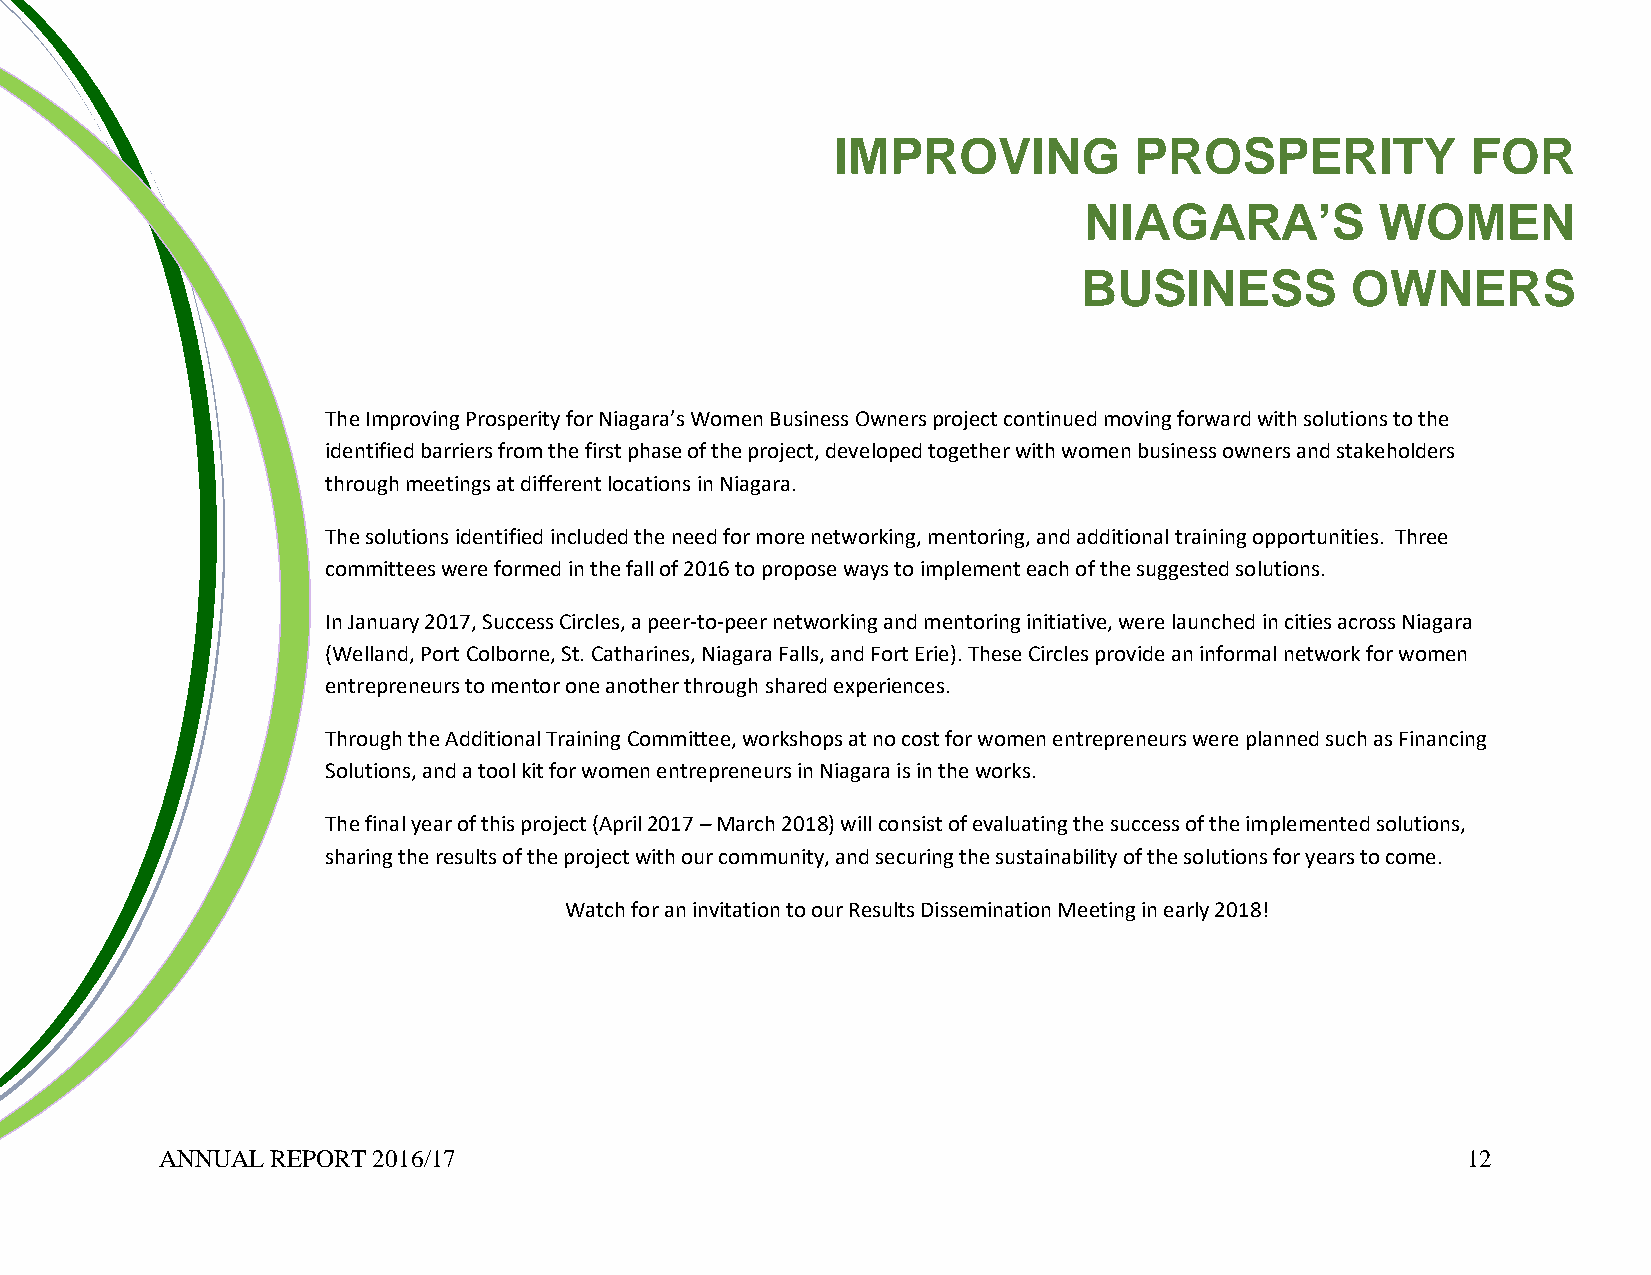
IMPROVING           PROSPERITY            FOR
 NIAGARA’S          WOMEN
 BUSINESS         OWNERS
 The Improving Prosperity for Niagara’s Women Business Owners project continued moving forward with solutions to the
 identified barriers from the first phase of the project, developed together with women business owners and stakeholders
 through meetings at different locations in Niagara.
 The solutions identified included the need for more networking, mentoring, and additional training opportunities. Three
 committees were formed in the fall of 2016 to propose ways to implement each of the suggested solutions.
 In January 2017, Success Circles, a peer-to-peer networking and mentoring initiative, were launched in cities across Niagara
 (Welland, Port Colborne, St. Catharines, Niagara Falls, and Fort Erie). These Circles provide an informal network for women
 entrepreneurs to mentor one another through shared experiences.
 Through the Additional Training Committee, workshops at no cost for women entrepreneurs were planned such as Financing
 Solutions, and a tool kit for women entrepreneurs in Niagara is in the works.
 The final year of this project (April 2017 – March 2018) will consist of evaluating the success of the implemented solutions,
 sharing the results of the project with our community, and securing the sustainability of the solutions for years to come.
 Watch for an invitation to our Results Dissemination Meeting in early 2018!
 ANNUAL REPORT 2016/17                                                                 12